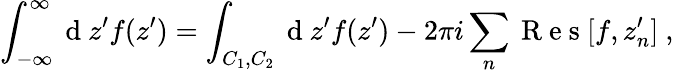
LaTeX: \int_{-\infty}^{\infty}\mathrm{~d~}z^{\prime}f(z^{\prime})=\int_{C_{1},C_{2}}\mathrm{~d~}z^{\prime}f(z^{\prime})-2\pi i\sum_{n}\mathrm{~R~e~s~}[f,z_{n}^{\prime}]~,